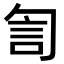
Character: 訇